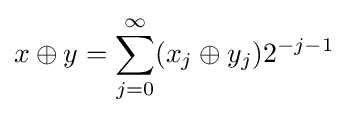
x\oplus y=\sum _{j=0}^{\infty }(x_{j}\oplus y_{j})2^{-j-1}